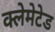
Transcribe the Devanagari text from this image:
क्लेमेटेड